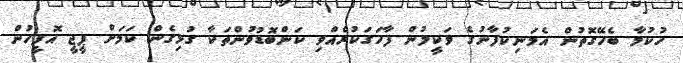
ހުކުމާ ބެހޭގޮތުން އެމަނިކުފާނުގެ ވަކީލުން ފާހަގަކުރެއްވި ކަންބޮޑުވުންތަކާ ގުޅިގެން ކަމަށް ޕީޖީ އޮފީހުން